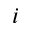
i